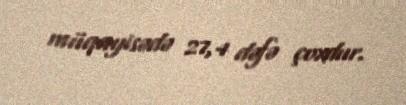
müqayisədə 27,4 dəfə çoxdur.